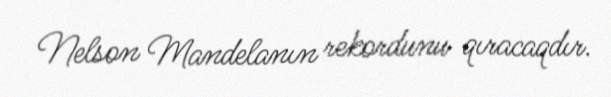
Nelson Mandelanın rekordunu qıracaqdır.